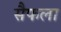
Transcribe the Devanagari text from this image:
सैफला